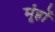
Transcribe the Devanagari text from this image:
मूंहों